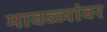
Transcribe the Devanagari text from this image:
मावळ्यांवर